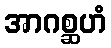
အာဂစ္ဆဟံ